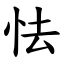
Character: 怯